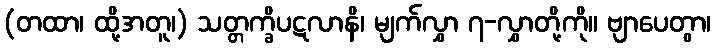
(တထာ၊ ထို့အတူ၊) သတ္တက္ခိပဋလာနိ၊ မျက်လွှာ ၇-လွှာတို့ကို။ ဗျာပေတွာ၊